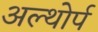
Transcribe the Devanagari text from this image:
अल्थोर्प